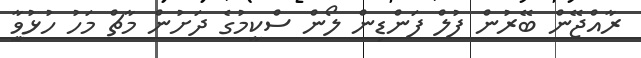
ރާއްޖޭން ބޭރުން ފުލް ފަންޑިން ލޯން ސްކީމުގެ ދަށުން މާޗް މަހު ހުޅުވާީި